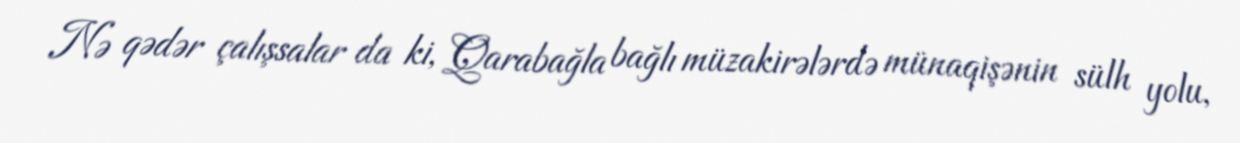
Nə qədər çalışsalar da ki, Qarabağla bağlı müzakirələrdə münaqişənin sülh yolu,